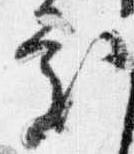
処